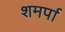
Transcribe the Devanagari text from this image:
शमर्पा